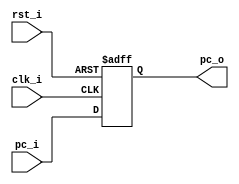
module PC
(
    clk_i,
    rst_i,
    pc_i,
    pc_o
);

// Ports
input               clk_i;
input               rst_i;
input   [31:0]      pc_i;
output  [31:0]      pc_o;

// Wires & Registers
reg     [31:0]      pc_o;


always@(posedge clk_i or negedge rst_i) begin
    if(~rst_i) begin
        pc_o <= 32'b0;
    end
    else begin
        pc_o <= pc_i;
    end
end

endmodule